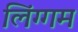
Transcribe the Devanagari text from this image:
लिंग्गम